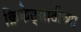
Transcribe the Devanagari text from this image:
क्रिकेट्साठीच्या